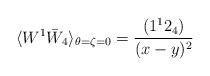
LaTeX: \begin{align*} \langle W^{1}\bar W_4\rangle_{\theta=\zeta=0} = \frac{(1^{1}2_4)}{ (x-y)^2}\end{align*}